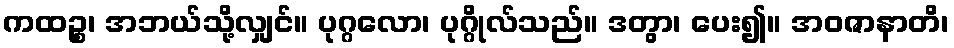
ကထဉ္စ၊ အဘယ်သို့လျှင်။ ပုဂ္ဂလော၊ ပုဂ္ဂိုလ်သည်။ ဒတွာ၊ ပေး၍။ အဝဇာနာတိ၊